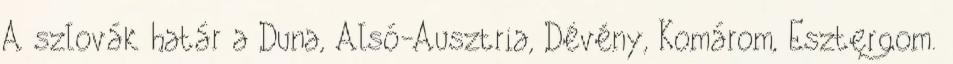
A szlovák határ a Duna, Alsó-Ausztria, Dévény, Komárom, Esztergom.